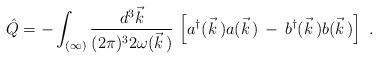
\begin{align*}\hat{Q}=-\int_{(\infty)}\frac{d^3\vec{k}}{(2\pi)^32\omega(\vec{k}\,)}\,\left[a^\dagger(\vec{k}\,)a(\vec{k}\,)\,-\,b^\dagger(\vec{k}\,)b(\vec{k}\,)\right]\ .\end{align*}